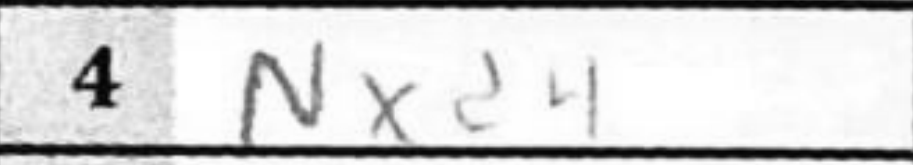
Transcription: Nxd4